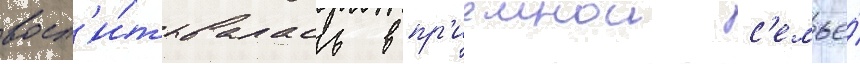
восп'и́тывалась в пр'иемнои с'емье́